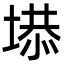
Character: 塨